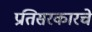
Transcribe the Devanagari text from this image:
प्रतिसरकारचे